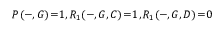
P ( - , G ) \! = \! 1 , R _ { 1 } ( - , G , C ) \! = \! 1 , R _ { 1 } ( - , G , D ) \! = \! 0